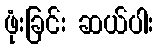
ဖုံးခြင်း ဆယ်ပါး